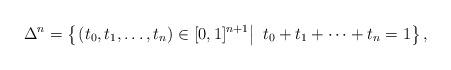
LaTeX: \begin{align*}\Delta^n=\left\{\left.(t_0,t_1,\dots,t_n)\in [0,1]^{n+1}\right \vert\ t_0+t_1+\dots+t_n=1\right\},\end{align*}